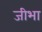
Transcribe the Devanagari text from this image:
जीभा